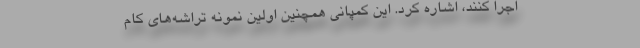
اجرا کنند، اشاره کرد. این کمپانی همچنین اولین نمونه تراشه‌های کام